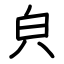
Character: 㒵